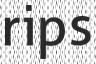
rips